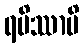
ရမိဿာမိ